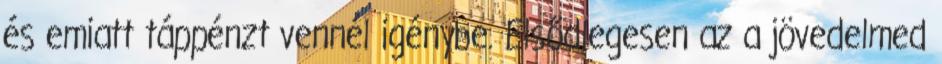
és emiatt táppénzt vennél igénybe. Elsődlegesen az a jövedelmed